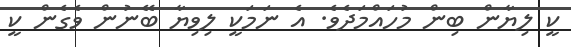
ކީ ލިޔާން ބިން މުހައްމަދެވެ. އެ ނަމަކީ ލިވިޔާ ބޭނުން ވެގެން ކީ